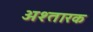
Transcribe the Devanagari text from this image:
अश्तारक